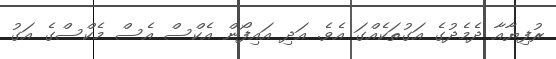
ރުފިޔާއާ ދެމެދުގެ އަގުތަކެއްގަ އެވެ. އަދި އައިފޯން އެކްސް އެސް މެކްސްގެ އަގު